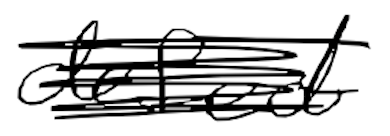
Text: defect
Cross-out: scratch
Writing tool: digital_black